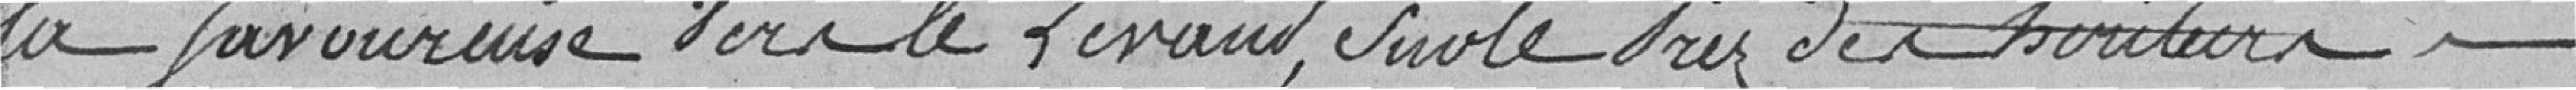
al Savoureuse vers le levant, sur le près des héritiers